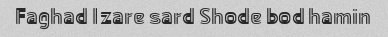
Faghad ۱zare sard Shode bod hamin